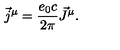
\vec { j } ^ { \mu } = \frac { e _ { 0 } c } { 2 \pi } \vec { J } ^ { \mu } .